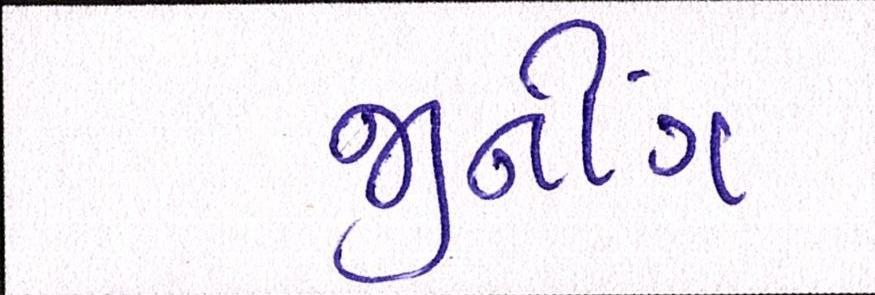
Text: જીનીંગ